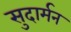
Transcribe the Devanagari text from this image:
सुदार्मन